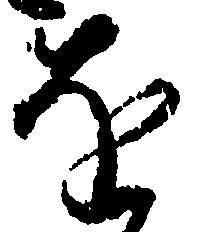
を